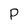
Character: P